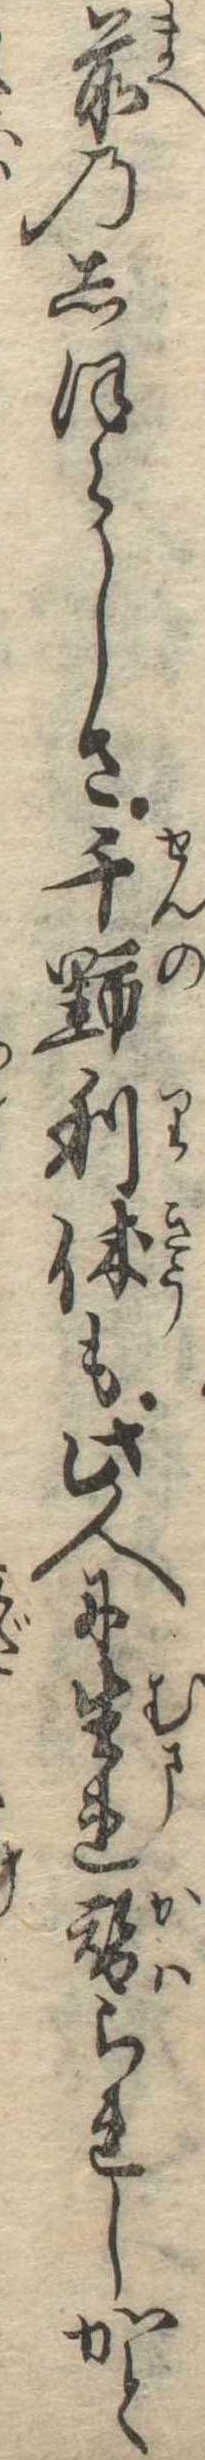
前のしほらしさ千野利休も此人に生れ替られしかと